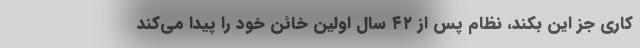
کاری جز این بکند، نظام پس از ۴۲ سال اولین خائن خود را پیدا می‌کند